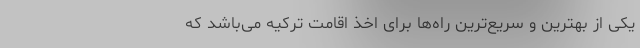
یکی از بهترین و سریع‌ترین راه‌ها برای اخذ اقامت ترکیه می‌باشد که